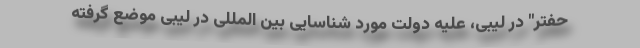
حفتر" در لیبی، علیه دولت مورد شناسایی بین المللی در لیبی موضع گرفته